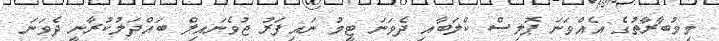
މިމުބާރާތުގެ އެއްވަނަ ޕޮލިސް ކްލަބާއި ދެވަނަ ޓީމު ނައިފަރު ޖުވެނައިލް ބައްދަލުކުރާނީ ދެވަނަ